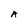
Character: A